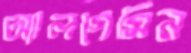
অ্যালগেমিন